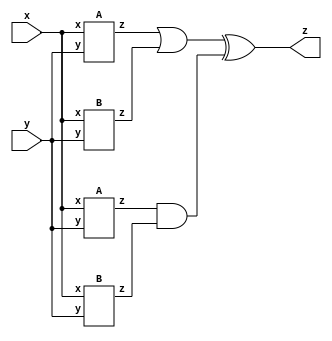
module top_module (input x, input y, output z);

wire z_A_1;
wire z_A_2;
wire z_B_1;
wire z_B_2;

A ia1(
    .x(x),
    .y(y),
    .z(z_A_1)
);
A ia2(
    .x(x),
    .y(y),
    .z(z_A_2)
);

B ib1(
    .x(x),
    .y(y),
    .z(z_B_1)
);
B ib2(
    .x(x),
    .y(y),
    .z(z_B_2)
);

assign z = (z_A_1 | z_B_1) ^ (z_A_2 & z_B_2);

endmodule

// module A
module A (
    input x, 
    input y, 
    output z);

assign z = (x ^ y) & x;

endmodule

// module B
module B ( input x, input y, output z );

assign z = x ~^ y;

endmodule